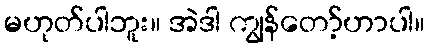
မဟုတ်ပါဘူး။ အဲဒါ ကျွန်တော့်ဟာပါ။